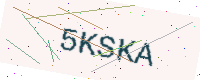
Text: 5KSKA